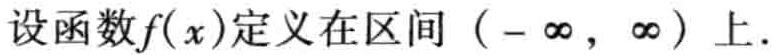
设函数\(f(x)\)定义在区间\((-\infty,\infty)\)上.